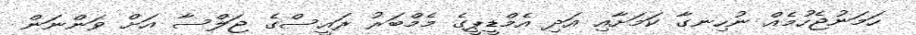
ހަމަނުޖެހުމެއް ނުހިނގާ ކަމަށާއި އަދި އެމްޑީޕީގެ މެމްބަރު ރައީސްގެ ޖަލްސާ އަށް ވަންނަން